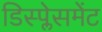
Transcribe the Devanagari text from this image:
डिस्प्लेसमेंट